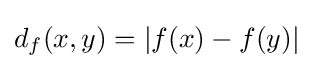
d_{f}(x,y)=\left|f(x)-f(y)\right|